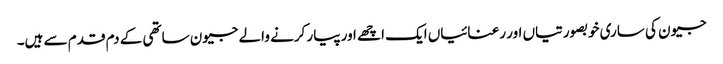
جیون کی ساری خوبصورتیاں اور رعنائیاں ایک اچھے اور پیار کرنے والے جیون ساتھی کے دم قدم سے ہیں۔